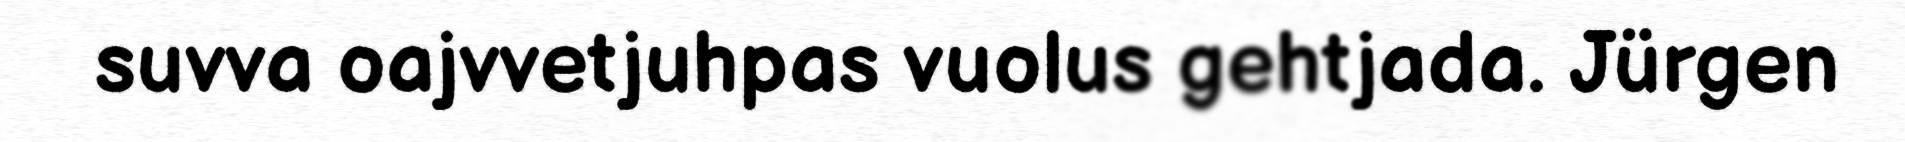
suvva oajvvetjuhpas vuolus gehtjada. Jürgen